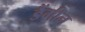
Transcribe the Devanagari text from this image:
डैंगीन